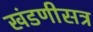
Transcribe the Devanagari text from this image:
खंडणीसत्र